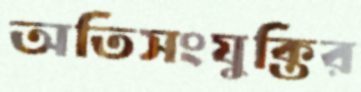
অতিসংযুক্তির